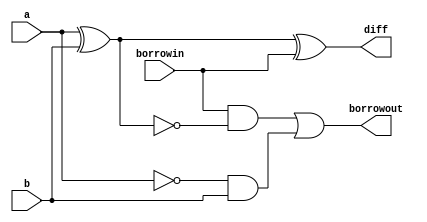
`timescale 1ns / 1ps
//////////////////////////////////////////////////////////////////////////////////
// Company: 
// Engineer: 
// 
// Design Name: 
// Module Name: full_subtractor_df
// Project Name: 
// Target Devices: 
// Tool Versions: 
// Description: 
// 
// Dependencies: 
// 
// Revision:
// Revision 0.01 - File Created
// Additional Comments:
// 
//////////////////////////////////////////////////////////////////////////////////


module full_subtractor_df(
input a,b,borrowin,
output diff,borrowout
    );
    assign diff = a ^ b ^ borrowin;
    assign borrowout = borrowin&(~(a^b)) | (~a)&b;
   // assign borrowout = ~a&b | ~a&borrowin | b&borrowin; 
endmodule